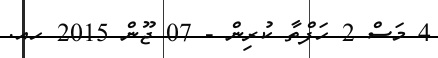
4 މަސް 2 ހަފްތާ ކުރިން - 07 ޖޫން 2015 ހއ.